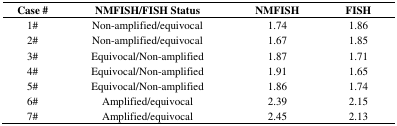
<table><thead><tr><td><b>Case #</b></td><td><b>NMFISH/FISH Status</b></td><td><b>NMFISH</b></td><td><b>FISH</b></td></tr></thead><tbody><tr><td>1#</td><td>Non-amplified/equivocal</td><td>1.74</td><td>1.86</td></tr><tr><td>2#</td><td>Non-amplified/equivocal</td><td>1.67</td><td>1.85</td></tr><tr><td>3#</td><td>Equivocal/Non-amplified</td><td>1.87</td><td>1.71</td></tr><tr><td>4#</td><td>Equivocal/Non-amplified</td><td>1.91</td><td>1.65</td></tr><tr><td>5#</td><td>Equivocal/Non-amplified</td><td>1.86</td><td>1.74</td></tr><tr><td>6#</td><td>Amplified/equivocal</td><td>2.39</td><td>2.15</td></tr><tr><td>7#</td><td>Amplified/equivocal</td><td>2.45</td><td>2.13</td></tr></tbody></table>